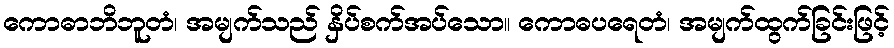
ကောဓာဘိဘူတံ၊ အမျက်သည် နှိပ်စက်အပ်သော။ ကောဓပရေတံ၊ အမျက်ထွက်ခြင်းဖြင့်